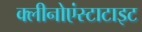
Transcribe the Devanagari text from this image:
क्लीनोएंस्टाटाइट